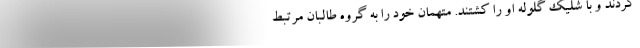
کردند و با شلیک گلوله او را کشتند. متهمان خود را به گروه طالبان مرتبط